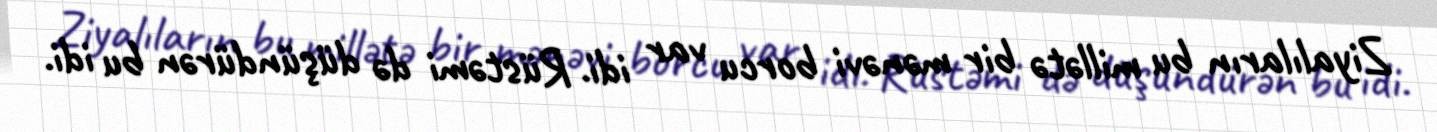
Ziyalıların bu millətə bir mənəvi borcu var idi. Rüstəmi də düşündürən bu idi.